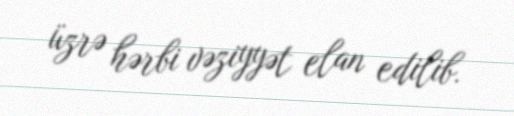
üzrə hərbi vəziyyət elan edilib.